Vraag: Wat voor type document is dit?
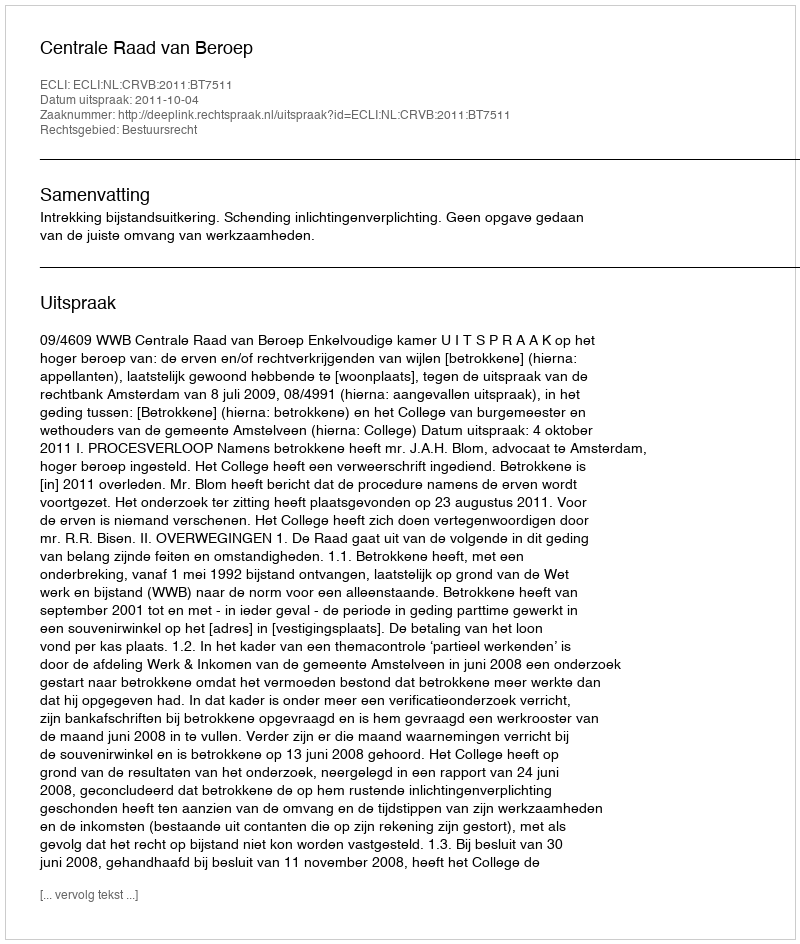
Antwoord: Uitspraak